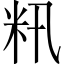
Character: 籸